EELK_Tartu_Peetri_kogudus_(kirikutahed), lk 31
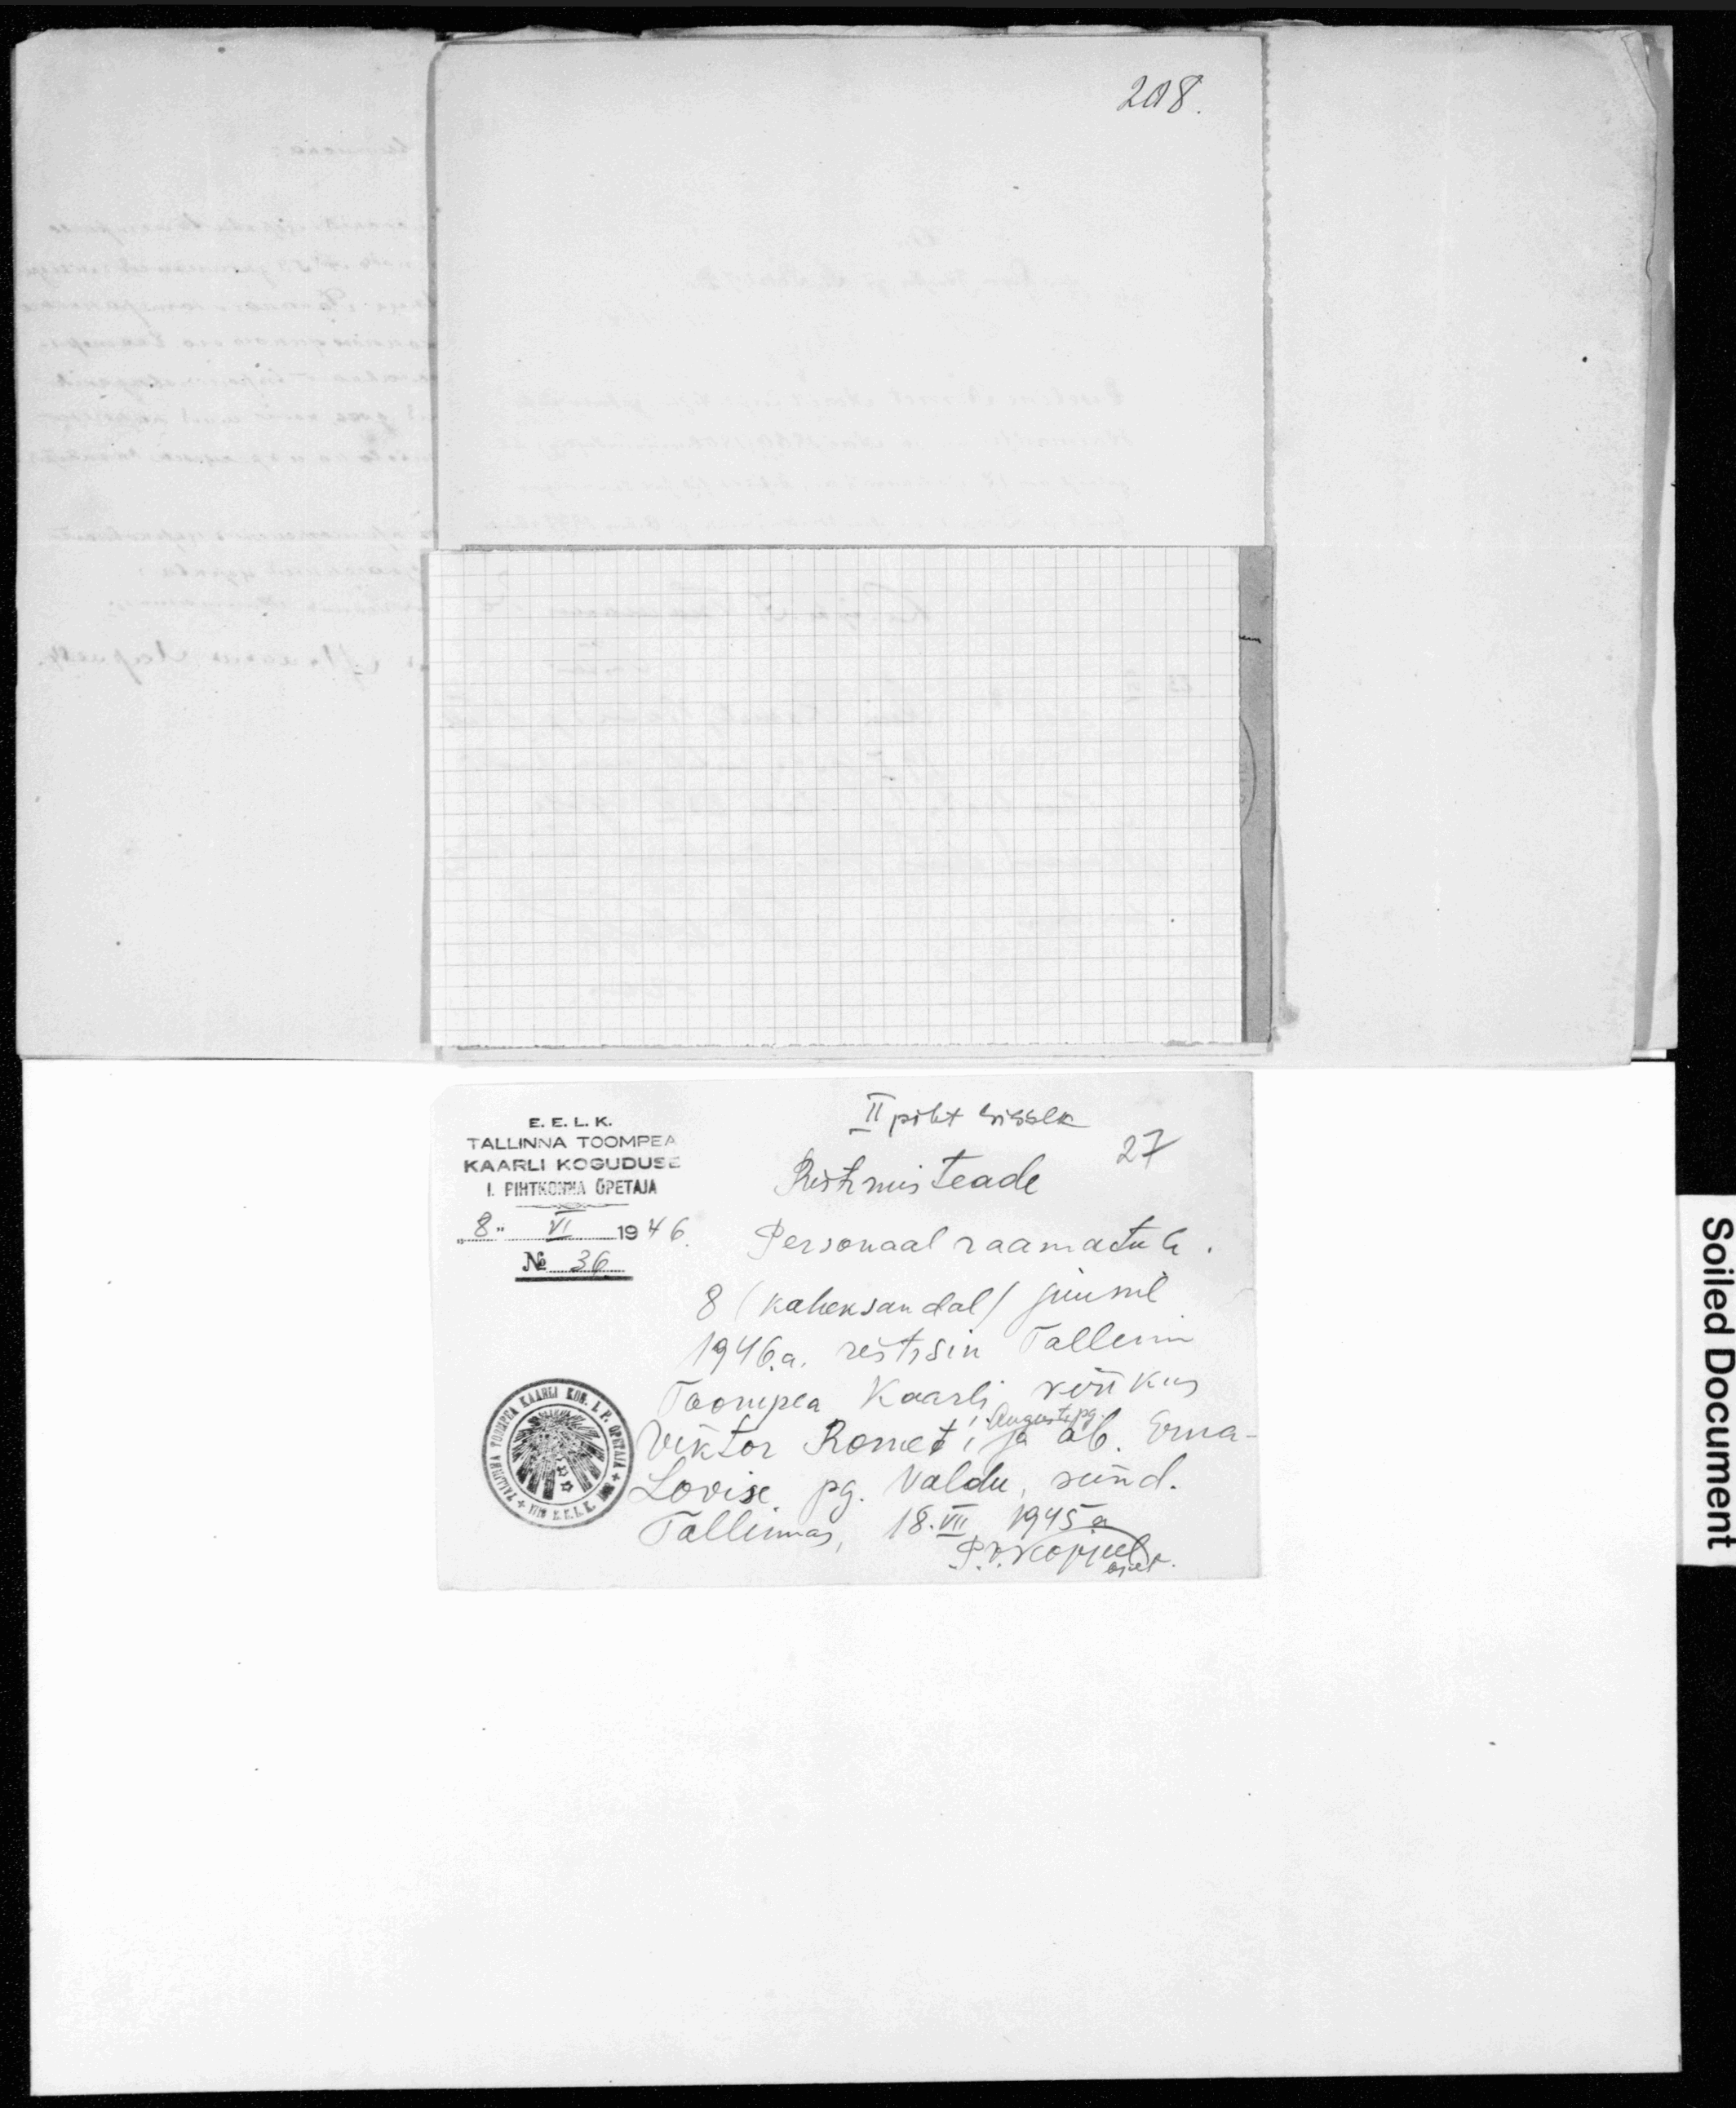
208.
II piht sissek
E. E. L. K.
TALLINNA TOOMPEA
27
KAARLI KOGUDUSE
Ristimisteade
I. PIHTKONNA ÕPETAJA
"8" VI 1946
Personaal raamatule
N36
8 (kaheksandal) juunil
1946.a. ristisin Tallinna
Toompea Kaarli kirikus
Augusti pg.
Viktor Romet'i ja ab. Erna
Lovise pg. Valdu, sünd.
Tallinnas 18.VII 1945a.